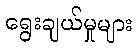
ရွေးချယ်မှုများ